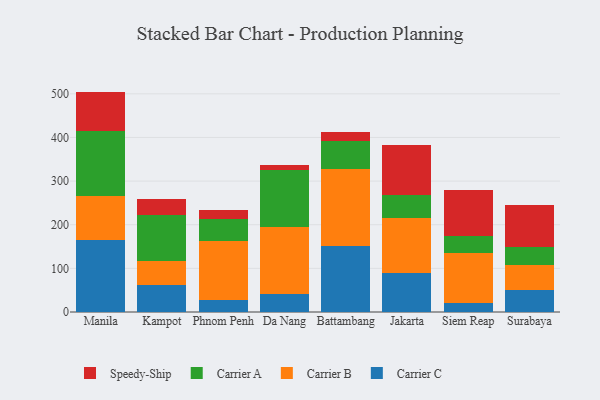
{"axis": {"x": "City", "y": "Page Views"}, "legend": ["Carrier A", "Carrier B", "Carrier C", "Speedy-Ship"], "data": [{"x": "Manila", "y": 165.7, "type": "Carrier C"}, {"x": "Manila", "y": 101.0, "type": "Carrier B"}, {"x": "Manila", "y": 148.2, "type": "Carrier A"}, {"x": "Manila", "y": 90.2, "type": "Speedy-Ship"}, {"x": "Kampot", "y": 62.8, "type": "Carrier C"}, {"x": "Kampot", "y": 54.9, "type": "Carrier B"}, {"x": "Kampot", "y": 104.7, "type": "Carrier A"}, {"x": "Kampot", "y": 37.1, "type": "Speedy-Ship"}, {"x": "Phnom Penh", "y": 27.3, "type": "Carrier C"}, {"x": "Phnom Penh", "y": 134.7, "type": "Carrier B"}, {"x": "Phnom Penh", "y": 52.1, "type": "Carrier A"}, {"x": "Phnom Penh", "y": 18.9, "type": "Speedy-Ship"}, {"x": "Da Nang", "y": 42.0, "type": "Carrier C"}, {"x": "Da Nang", "y": 152.9, "type": "Carrier B"}, {"x": "Da Nang", "y": 129.8, "type": "Carrier A"}, {"x": "Da Nang", "y": 11.2, "type": "Speedy-Ship"}, {"x": "Battambang", "y": 152.3, "type": "Carrier C"}, {"x": "Battambang", "y": 174.9, "type": "Carrier B"}, {"x": "Battambang", "y": 65.6, "type": "Carrier A"}, {"x": "Battambang", "y": 20.8, "type": "Speedy-Ship"}, {"x": "Jakarta", "y": 88.3, "type": "Carrier C"}, {"x": "Jakarta", "y": 126.6, "type": "Carrier B"}, {"x": "Jakarta", "y": 53.4, "type": "Carrier A"}, {"x": "Jakarta", "y": 114.7, "type": "Speedy-Ship"}, {"x": "Siem Reap", "y": 19.8, "type": "Carrier C"}, {"x": "Siem Reap", "y": 114.9, "type": "Carrier B"}, {"x": "Siem Reap", "y": 40.1, "type": "Carrier A"}, {"x": "Siem Reap", "y": 104.4, "type": "Speedy-Ship"}, {"x": "Surabaya", "y": 50.2, "type": "Carrier C"}, {"x": "Surabaya", "y": 58.6, "type": "Carrier B"}, {"x": "Surabaya", "y": 39.9, "type": "Carrier A"}, {"x": "Surabaya", "y": 96.4, "type": "Speedy-Ship"}]}